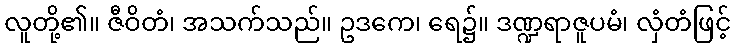
လူတို့၏။ ဇီဝိတံ၊ အသက်သည်။ ဥဒကေ၊ ရေ၌။ ဒဏ္ဍရာဇူပမံ၊ လှံတံဖြင့်